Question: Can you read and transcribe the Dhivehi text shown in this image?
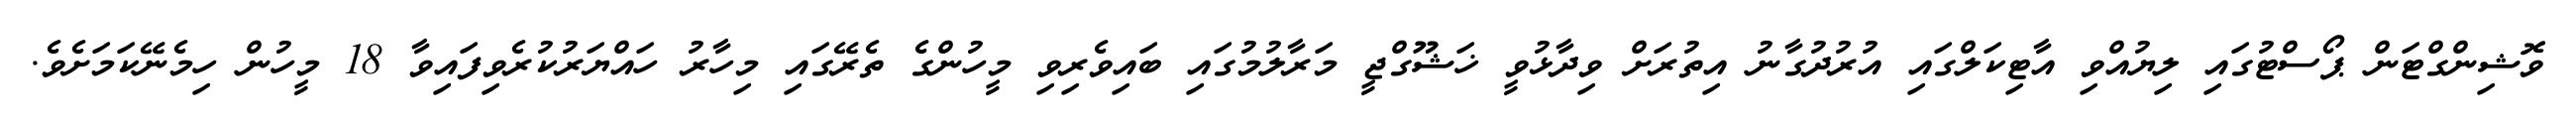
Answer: ވޮޝިންގްޓަން ޕޯސްޓުގައި ލިޔުއްވި އާޓިކަލްގައި އުރުދުގާނު އިތުރަށް ވިދާޅުވީ ޚަޝޫގްޖީ މަރާލުމުގައި ބައިވެރިވި މީހުންގެ ތެރޭގައި މިހާރު ހައްޔަރުކުރެވިފައިވާ 18 މީހުން ހިމެނޭކަމަށެވެ.